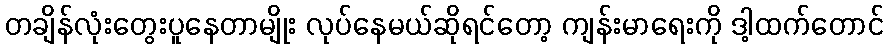
တချိန်လုံးတွေးပူနေတာမျိုး လုပ်နေမယ်ဆိုရင်တော့ ကျန်းမာရေးကို ဒါ့ထက်တောင်